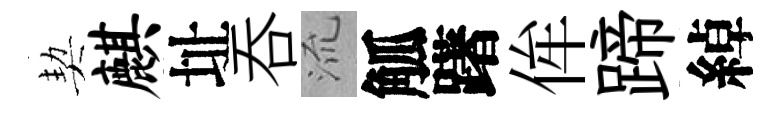
契麒址吞𣴑觚躇侔蹄綽